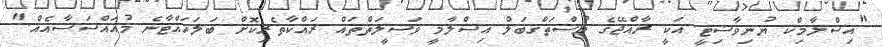
"އިސްލާމިކް ޔުނިވާސިޓީ އަކީ ރާއްޖޭގެ މުސްތަގްބަލް އިސްލާމީ ވަސީލަތްތައް ރައްކާތެރިކޮށް ބަލަހައްޓާނެ މުއައްސަސާއެއް."